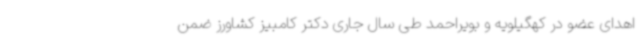
اهدای عضو در کهگیلویه و بویراحمد طی سال جاری دکتر کامبیز کشاورز ضمن